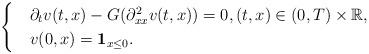
LaTeX: \begin{align*}\begin{cases}&\partial_{t}v(t,x)-G(\partial^2_{xx}v(t,x))=0, (t,x)\in(0,T)\times \mathbb{R},\\& v(0,x)=\mathbf{1}_{x\leq 0}.\end{cases}\end{align*}